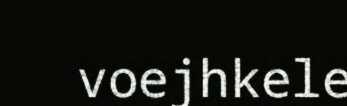
voejhkele